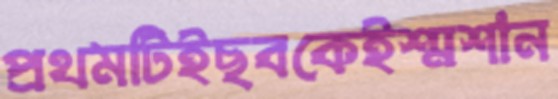
প্রথমটিইছবকেইশ্মশান